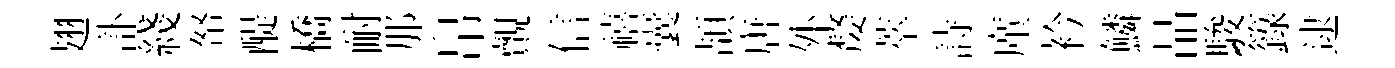
翅訃綫帑醍橋耐那帛覿信禧囊頡唐外嫠萃詩廑衿鱗晶駿籙逮